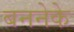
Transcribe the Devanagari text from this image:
बननेके